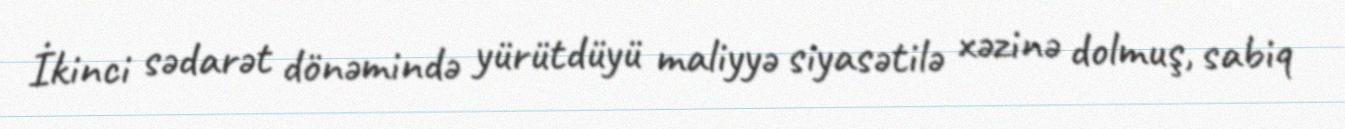
İkinci sədarət dönəmində yürütdüyü maliyyə siyasətilə xəzinə dolmuş, sabiq